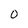
Character: o